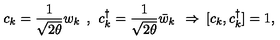
c _ { k } = \frac { 1 } { \sqrt { 2 \theta } } w _ { k } \: \: , \: \: c _ { k } ^ { \dag } = \frac { 1 } { \sqrt { 2 \theta } } \bar { w } _ { k } \: \: \Rightarrow \: [ c _ { k } , c _ { k } ^ { \dag } ] = 1 ,